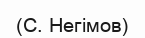
(С. Негімов)